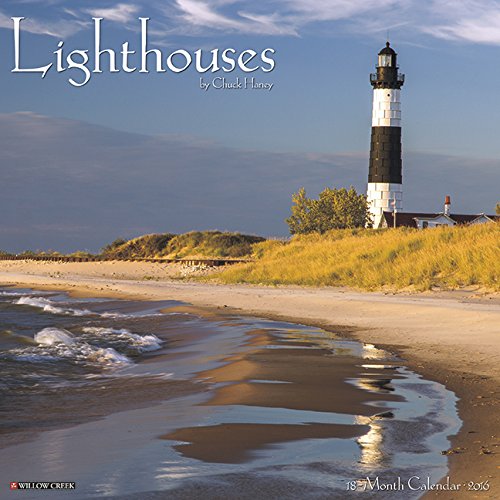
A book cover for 2016 Lighthouses Wall Calendar; Willow Creek Press; Calendars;